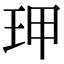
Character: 玾